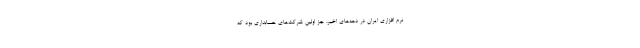
نرم افزاری ایران در دهه‌های اخیر، جز اولین شرکت‌های حسابداری بود که